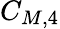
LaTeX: C_{M,4}